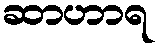
ဆာဟာရ